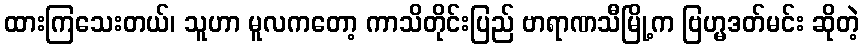
ထားကြသေးတယ်၊ သူဟာ မူလကတော့ ကာသိတိုင်းပြည် ဗာရာဏသီမြို့က ဗြဟ္မဒတ်မင်း ဆိုတဲ့